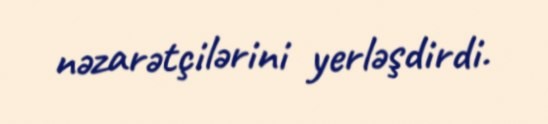
nəzarətçilərini yerləşdirdi.